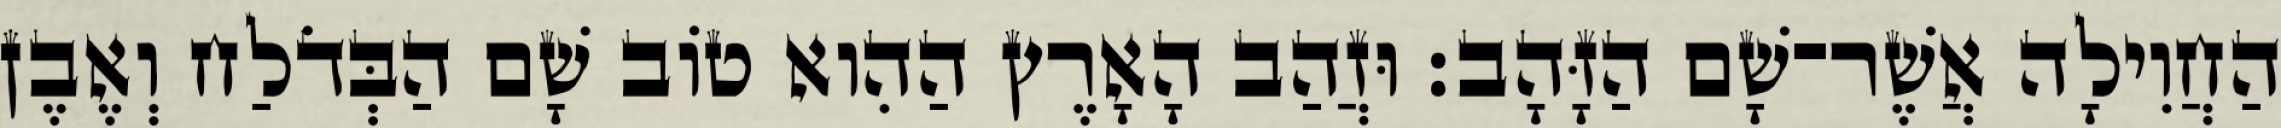
הַחֲוִילָה אֲשֶׁר־שָׁם הַזָּהָב׃ וּזֲהַב הָאָרֶץ הַהִוא טֹוב שָׁם הַבְּדֹלַח וְאֶבֶן